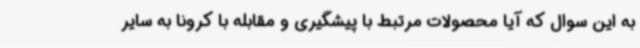
به این سوال که آیا محصولات مرتبط با پیشگیری و مقابله با کرونا به سایر